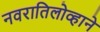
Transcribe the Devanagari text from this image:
नवरातिलोव्हाने